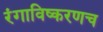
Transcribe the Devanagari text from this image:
रंगाविष्करणच